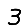
Digit: 3